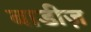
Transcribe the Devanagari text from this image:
बाडीज़